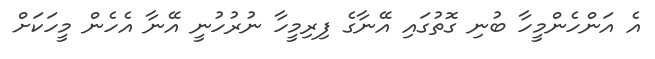
އެ އަންހެންމީހާ ބުނި ގޮތުގައި އޭނާގެ ފިރިމީހާ ނުރުހުނީ އޭނާ އެހެން މީހަކަށް